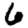
Digit: 6